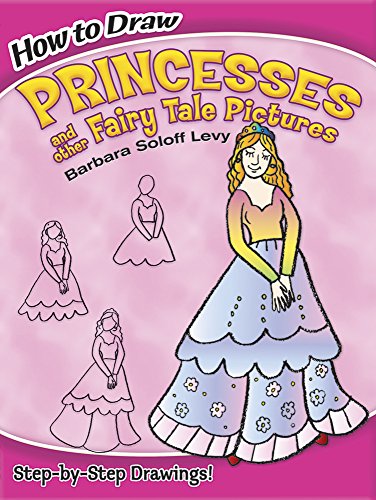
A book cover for How to Draw Princesses and Other Fairy Tale Pictures (Dover How to Draw); Barbara Soloff Levy; Children's Books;